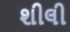
શીલી